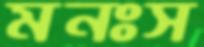
মনঃস